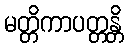
မတ္တိကာပတ္တန္တိ